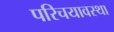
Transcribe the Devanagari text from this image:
परिचयावस्था